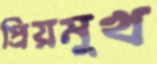
প্রিয়মুখ